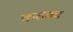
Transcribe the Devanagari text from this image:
कसका